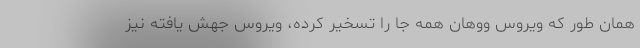
همان طور که ویروس ووهان همه جا را تسخیر کرده، ویروس جهش یافته نیز